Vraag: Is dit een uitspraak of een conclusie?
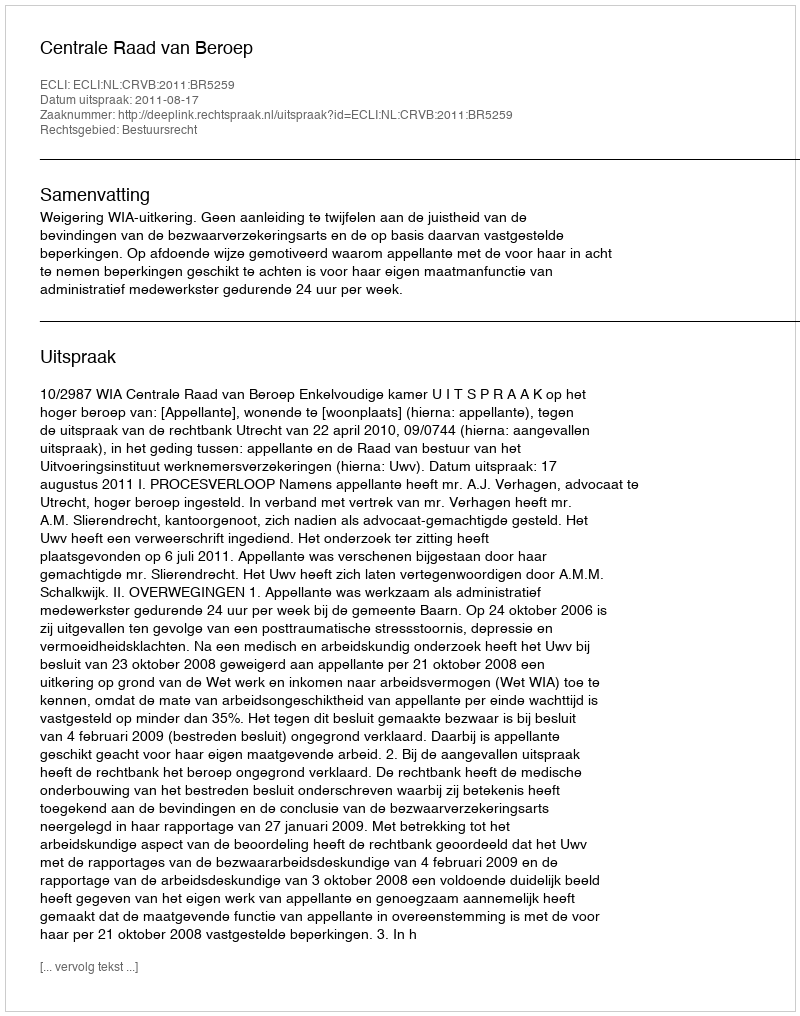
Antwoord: Uitspraak